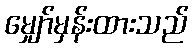
မျှော်မှန်းထားသည်